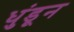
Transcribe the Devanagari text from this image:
धुंडून